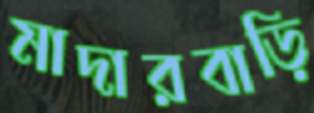
মাদারবাড়ি